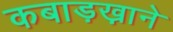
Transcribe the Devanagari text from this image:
कबाड़ख़ाने